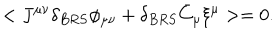
LaTeX: < J ^ { \mu \nu } \delta _ { B R S } \phi _ { \mu \nu } + \delta _ { B R S } \bar { C } _ { \mu } \xi ^ { \mu } > = 0 .